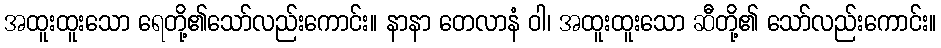
အထူးထူးသော ရေတို့၏သော်လည်းကောင်း။ နာနာ တေလာနံ ဝါ၊ အထူးထူးသော ဆီတို့၏ သော်လည်းကောင်း။